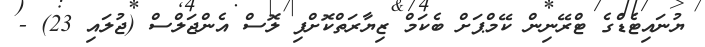
ޔުނައިޓެޑްގެ ޓްރޭނިން ކޭމްޕަށް ބެކަމް ޒިޔާރަތްކޮށްފި ލޮސް އެންޖަލްސް (ޖުލައި 23) -